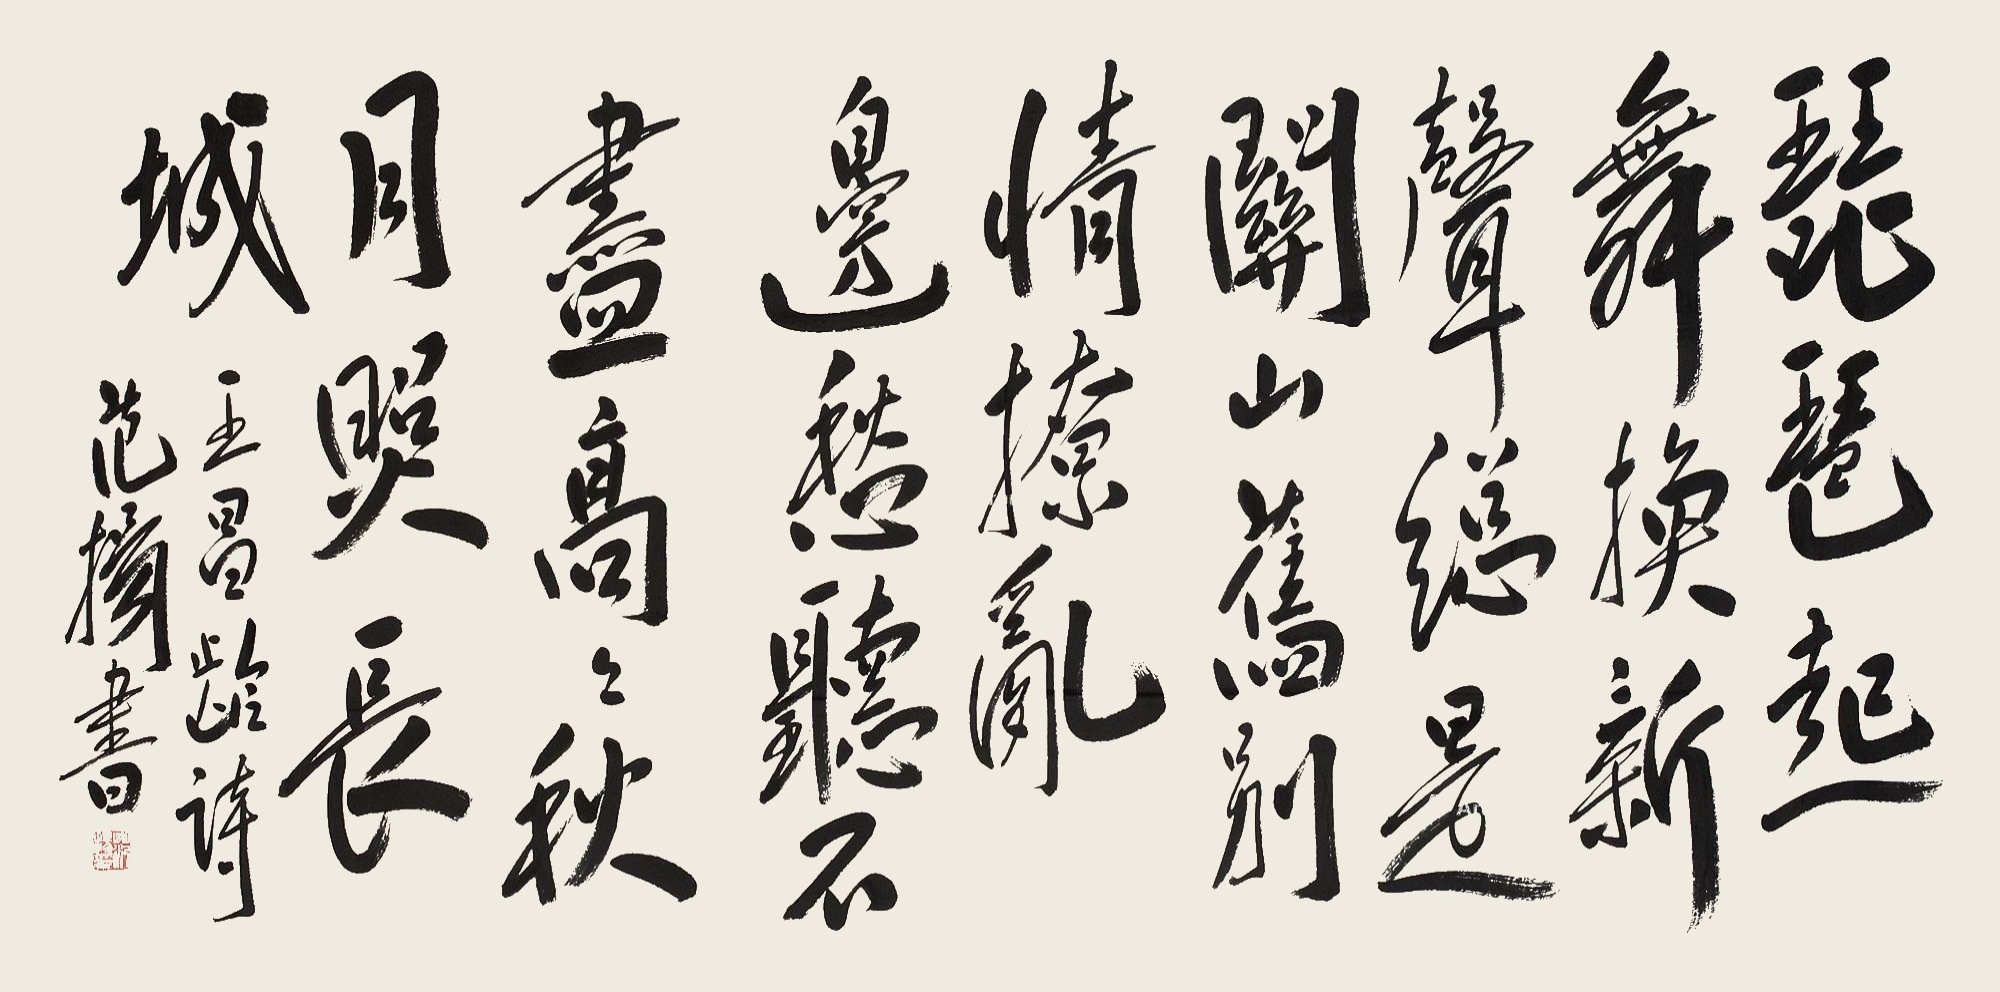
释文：琵琶起舞换新声，总是关山旧别情。撩乱边愁听不尽，高高秋月照长城。王昌龄诗，范扬书。